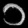
Digit: ၁